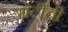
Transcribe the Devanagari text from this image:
भेटींची